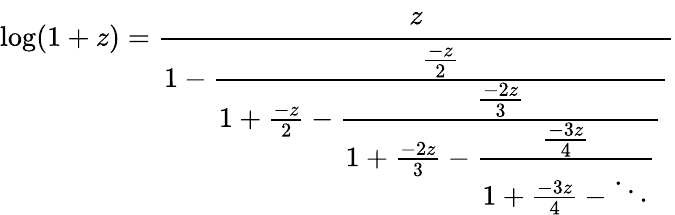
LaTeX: \log(1+z)={\cfrac{z}{1-{\cfrac{\frac{-z}{2}}{1+{\frac{-z}{2}}-{\cfrac{\frac{-2z}{3}}{1+{\frac{-2z}{3}}-{\cfrac{\frac{-3z}{4}}{1+{\frac{-3z}{4}}-\ddots}}}}}}}}